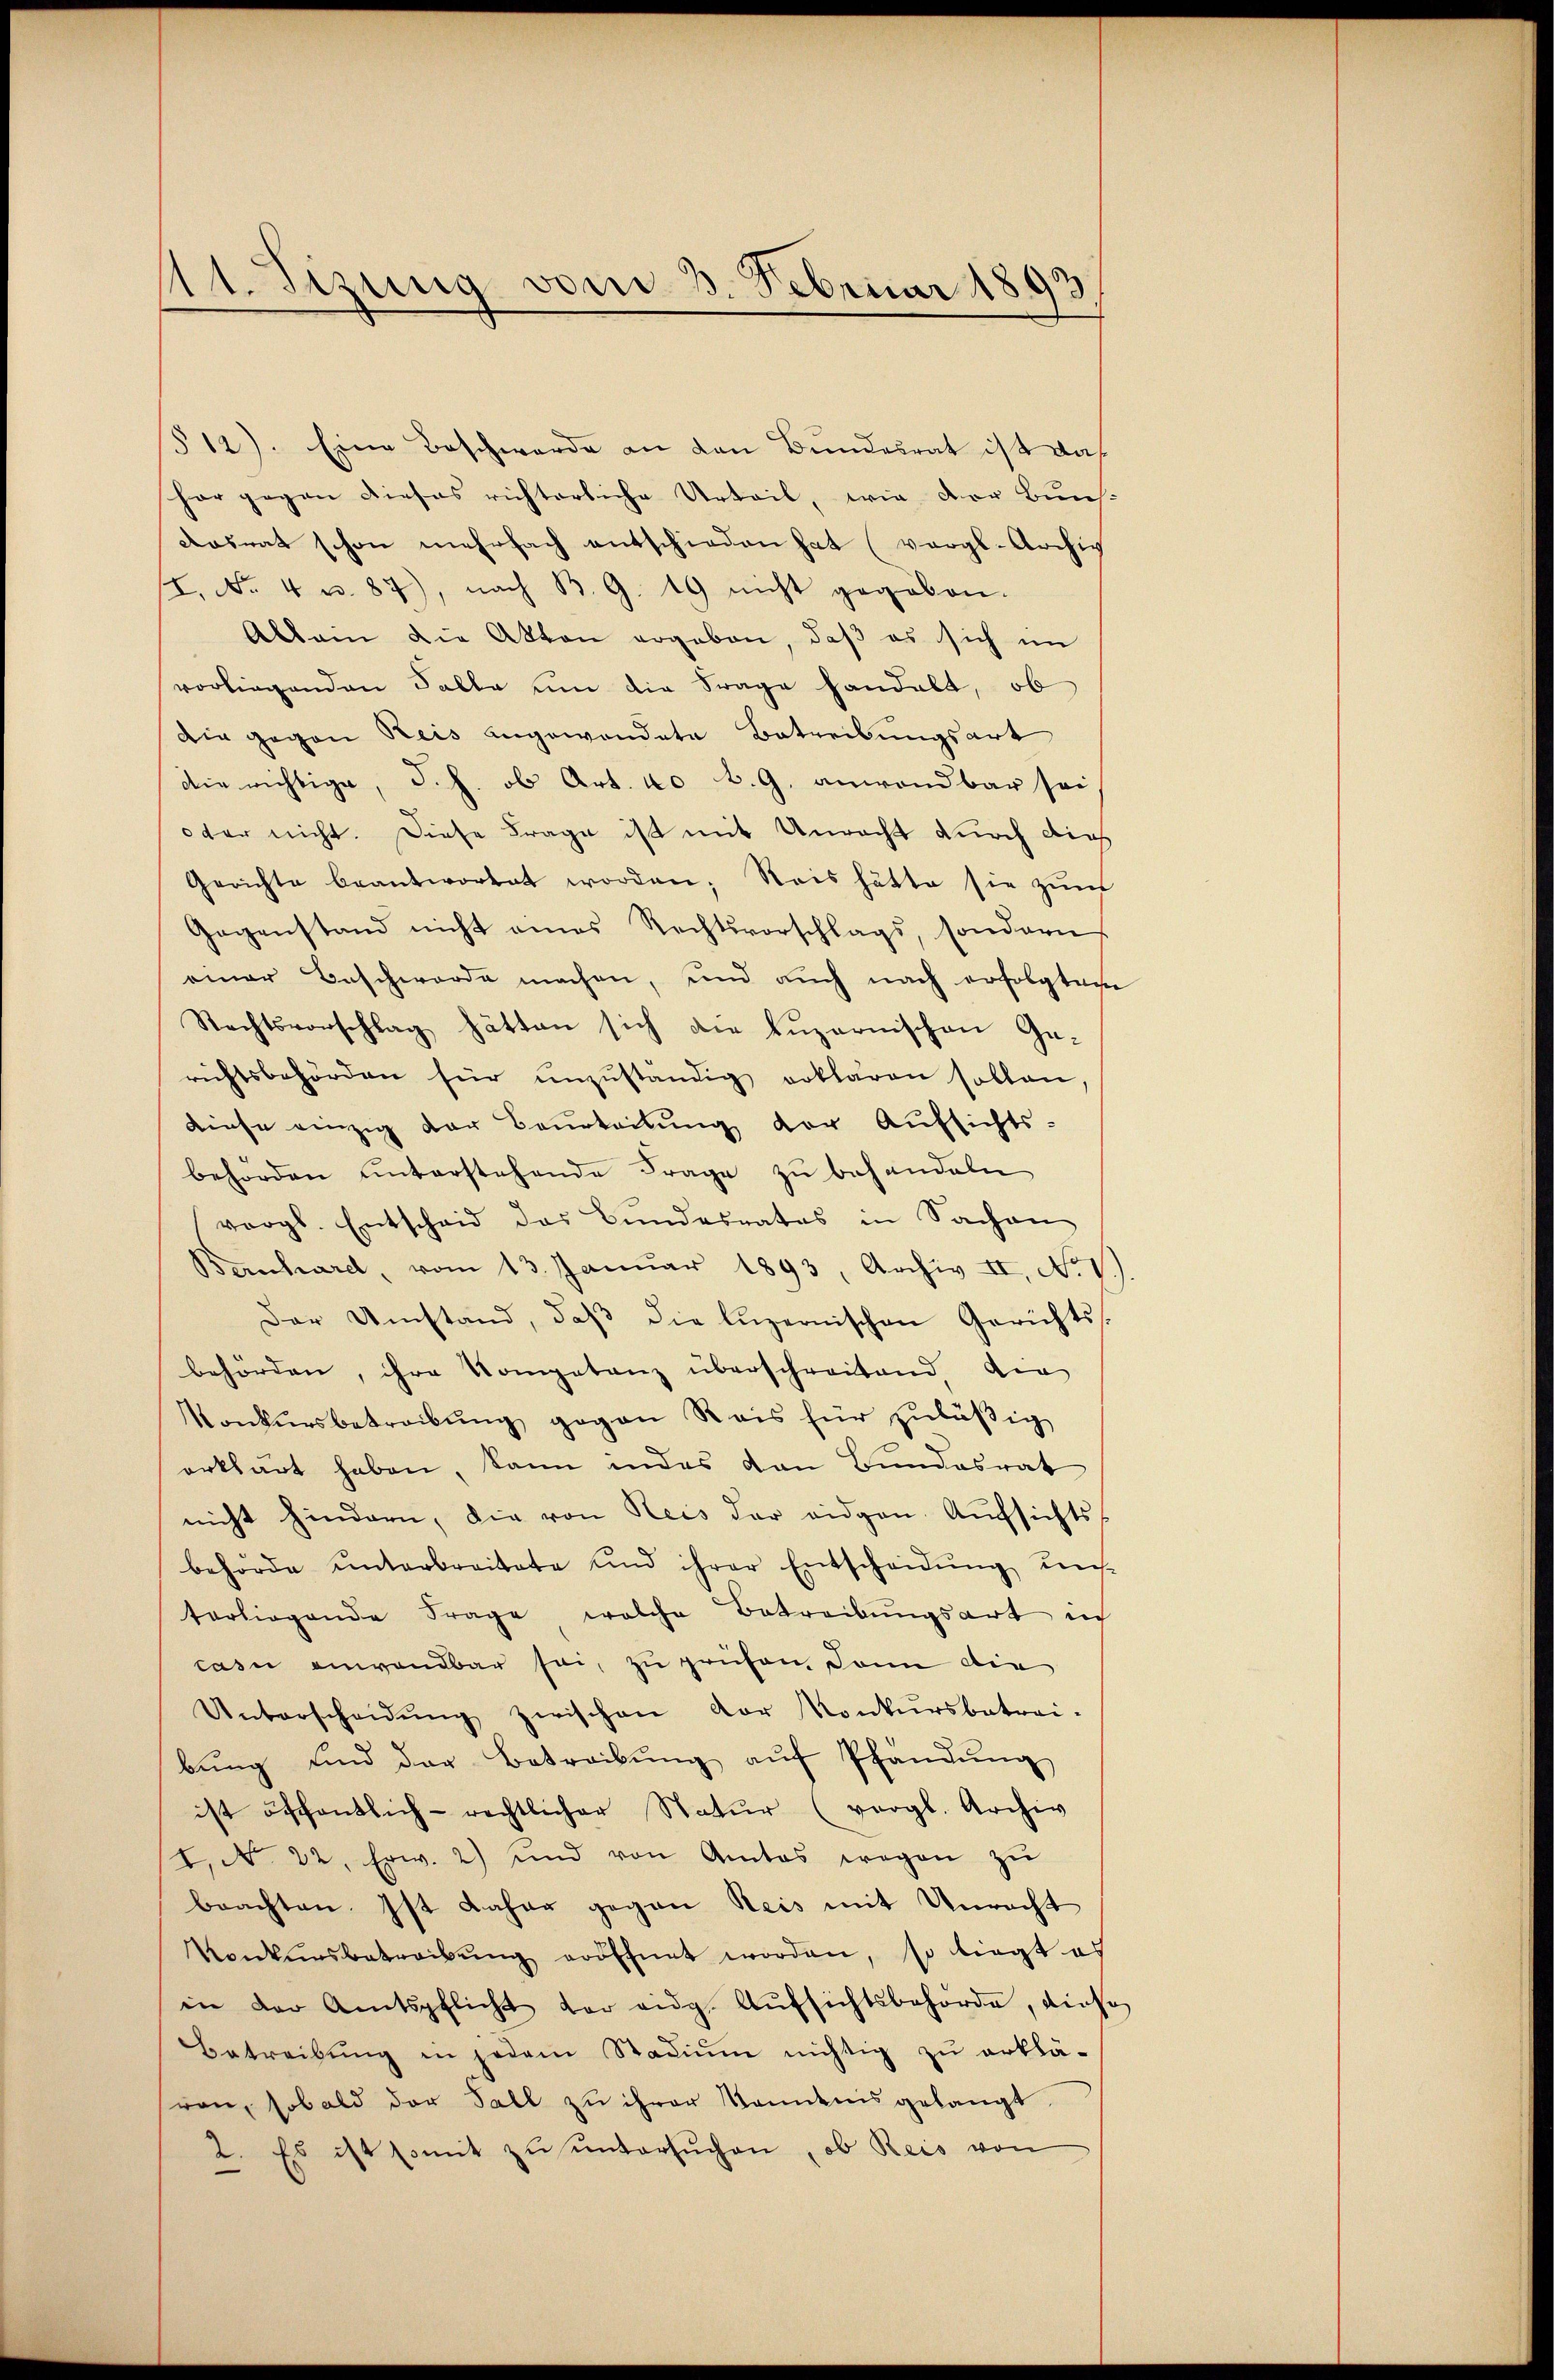
d1. Sizung vom 3. Februar 1893.
e

§ 12). Eine Beschwerde an den Bundesrat ist das
hor gegen dieses richterliche Urteil, wie der Buns-
Aosrat schon mehrfach entschieden hat (vergl. Archiv
(1. No. 4 u. 87), nach B. G. 19 nicht gegeben.
Allein die Akten ergeben, daβ es sich im
vorliegenden Falle um die Frage handelt, ob
Die gegen Kreis angewandete Betreibungsart
die richtige, d. h. ob Art. 40 b. G. anwendbar sei
oter nicht. Diese Frage ist mit Unrecht durch dies
Gerichte beantwortet worden; Reis hätte sie zum
Gegenstand nicht eines Rechtsvorschlags, sondern
einer Beschwerde machen, und auch nach erfolgten
Rechtsvorschlag hätten sich die Luzernischen Gerichtsbehörden für ŭnzŭständig erklären sollen
diese einzig der Beurteilung der Aufsichts-
behörden unterstehende Frage zu behandeln
vergl. Entscheid das Bŭndesrates in Sachen
Bernhard, vom 13. Januar 1893, Archiv II, No I
Der Umstand, daβ die luzernischen Gerichts
behörden, ihre Kompetenz überschreitend die
Konkursbetreibŭng gegen Reis für zŭläβig
erklärt haben, kann in des den Bundesrat
nicht hindern, die von Reis der eidgen. Aŭfsichts
behörde ŭnterbreitete und ihrer Entscheidŭng uns
terliegende Frage welche Betreibungsart in
casu anwendbar sei, zu prüfen, dann die
Unterscheidŭng zwischen Dor Konkursbetrei-
bŭng und der Betreibŭng aŭf Pfändung
ist öffentlich-rechtlicher Natŭr (vergl. Archiv
I. N. 22. Erw. 2) und von Amtes wegen zŭ
beachten. Ist daher gegen Reis mit Unrecht
Konkursbetreibŭng eröffnet worden, so liegt es
in der Amtspflicht der eidg. Aŭfsichtsbehörde, dies
Betreibŭng in jedem Stadium nichtig zu erklä-
ren, sobald der Fall zu ihrer Sandnis gelangt
2. Es ist somit zŭ ŭntersŭchen, ob Reis von
.

)